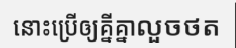
នោះប្រើឲ្យគ្នីគ្នាលួចថត